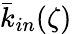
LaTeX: \bar{k}_{in}(\zeta)